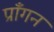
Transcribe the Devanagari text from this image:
प्राँगन